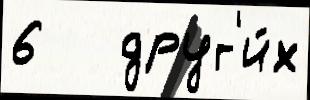
6   друг'и́х